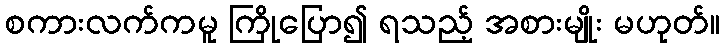
စကားလက်ကမူ ကြိုပြော၍ ရသည့် အစားမျိုး မဟုတ်။